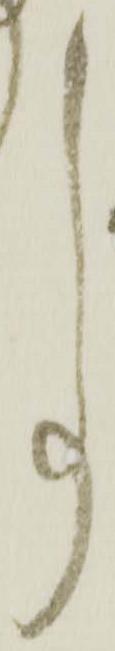
事